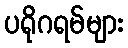
ပရိုဂရမ်များ